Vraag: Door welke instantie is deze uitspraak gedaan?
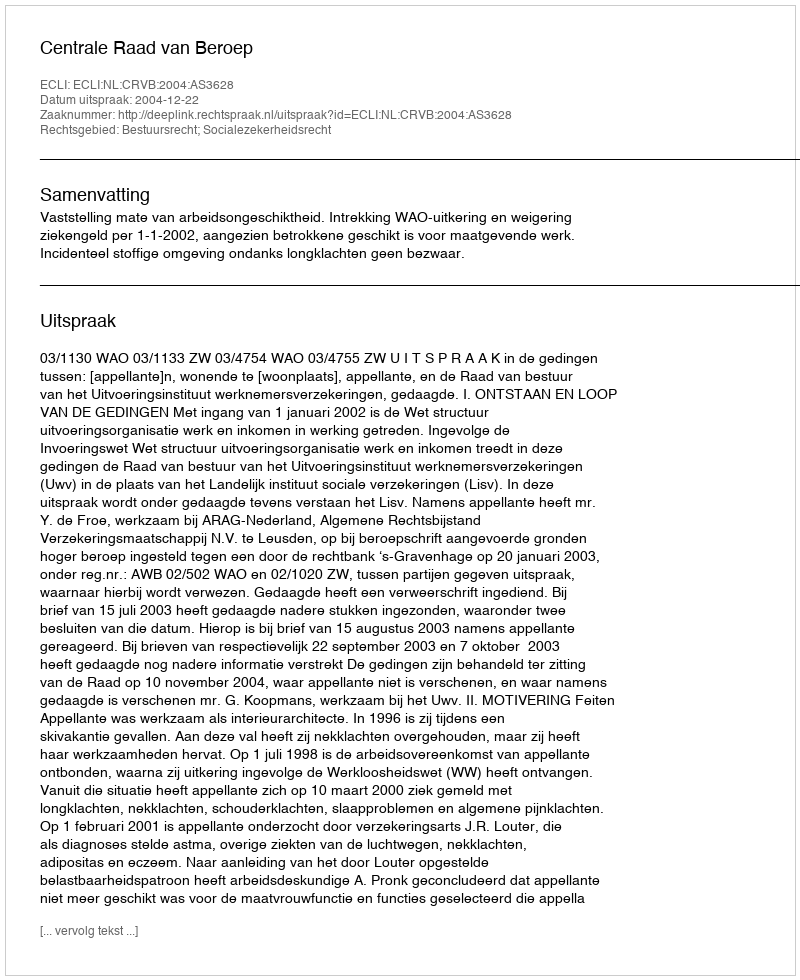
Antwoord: Centrale Raad van Beroep